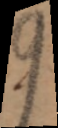
9